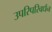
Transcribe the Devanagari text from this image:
उपरिपरिवर्धन